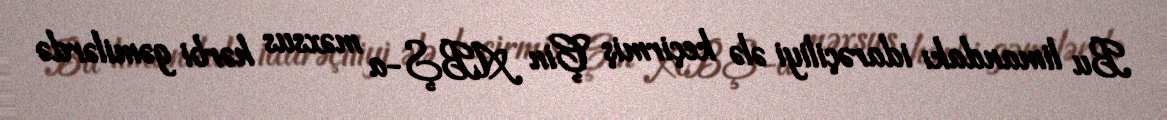
Bu limandakı idarəçiliyi ələ keçirmiş Çin ABŞ-a məxsus hərbi gəmilərdə